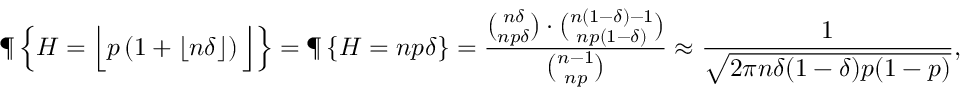
\P \left\{ H = \Big \lfloor p \left( 1 + \lfloor n \delta \rfloor \right) \Big \rfloor \right\} = \P \left\{ H = n p \delta \right\} = \frac { { \binom { n \delta } { n p \delta } } \cdot { \binom { n ( 1 - \delta ) - 1 } { n p ( 1 - \delta ) } } } { { \binom { n - 1 } { n p } } } \approx \frac { 1 } { \sqrt { 2 \pi n \delta ( 1 - \delta ) p ( 1 - p ) } } ,